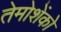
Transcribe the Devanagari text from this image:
तेमोशेंको